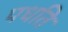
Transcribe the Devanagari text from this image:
पधति